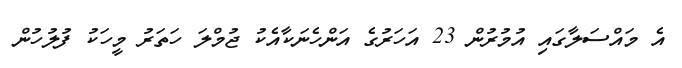
އެ މައްސަލާގައި އުމުރުން 23 އަހަރުގެ އަންހެނަކާއެކު ޖުމްލަ ހަތަރު މީހަކު ފުލުހުން